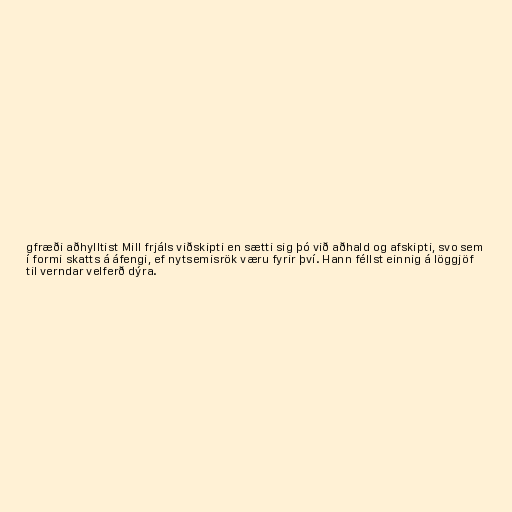
gfræði aðhylltist Mill frjáls viðskipti en sætti sig þó við aðhald og afskipti, svo sem
í formi skatts á áfengi, ef nytsemisrök væru fyrir því. Hann féllst einnig á löggjöf
til verndar velferð dýra.